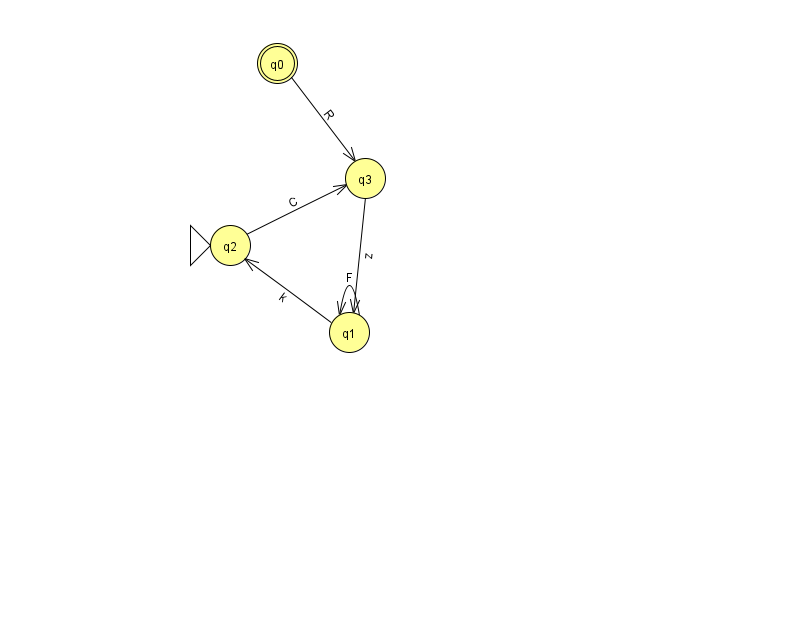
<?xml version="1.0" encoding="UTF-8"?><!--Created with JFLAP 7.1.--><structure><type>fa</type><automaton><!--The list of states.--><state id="0" name="q0"><x>277.0</x><y>50.0</y><final/></state><state id="1" name="q1"><x>349.0</x><y>319.0</y></state><state id="2" name="q2"><x>230.0</x><y>232.0</y><initial/></state><state id="3" name="q3"><x>365.0</x><y>165.0</y></state><!--The list of transitions.--><transition><from>3</from><to>1</to><read>z</read></transition><transition><from>1</from><to>1</to><read>F</read></transition><transition><from>2</from><to>3</to><read>C</read></transition><transition><from>0</from><to>3</to><read>R</read></transition><transition><from>1</from><to>2</to><read>k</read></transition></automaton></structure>